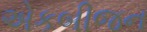
એકબીજન